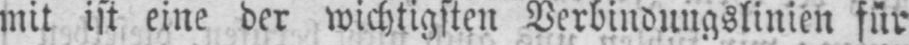
mit ist eine der wichtigsten Verbindungslinien für